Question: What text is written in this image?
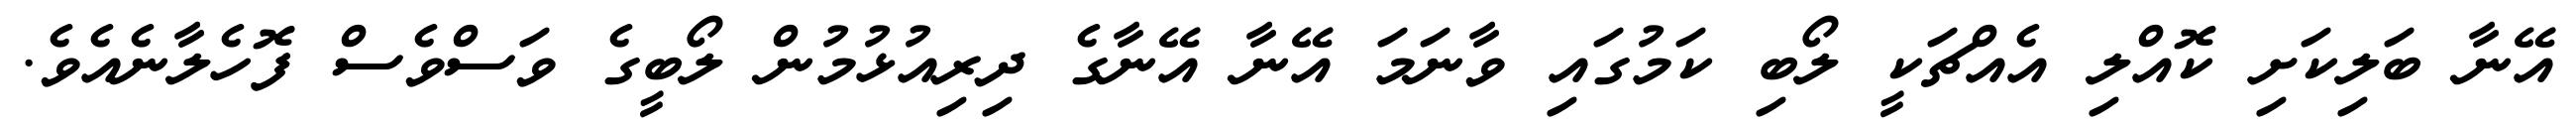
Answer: އޭނާ ބަލިކަށި ކޮއްލި އެއްޗަކީ ލޯބި ކަމުގައި ވާނަމަ އޭނާ އޭނާގެ ދިރިއުޅުމުން ލޯބީގެ ވަސްވެސް ފޮހެލާނެއެވެ.